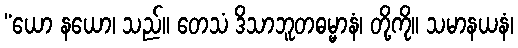
“ယော နယော၊ သည်။ တေသံ ဒိသာဘူတဓမ္မာနံ၊ တို့ကို။ သမာနယနံ၊